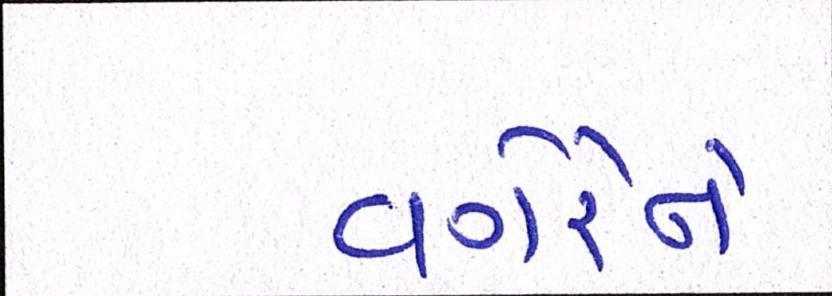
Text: વગેરેને